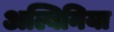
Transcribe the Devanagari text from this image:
अल्बिनिया